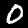
Label: 0